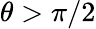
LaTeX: \theta>\pi/2